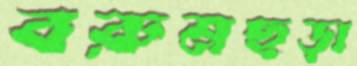
বরুমছড়া